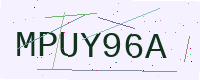
Text: MPUY96A